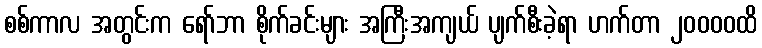
စစ်ကာလ အတွင်းက ရော်ဘာ စိုက်ခင်းများ အကြီးအကျယ် ပျက်စီးခဲ့ရာ ဟက်တာ ၂၀၀၀၀ထိ